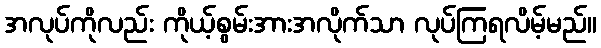
အလုပ်ကိုလည်း ကိုယ့်စွမ်းအားအလိုက်သာ လုပ်ကြရလိမ့်မည်။